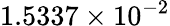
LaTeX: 1.5337\times 10^{-2}